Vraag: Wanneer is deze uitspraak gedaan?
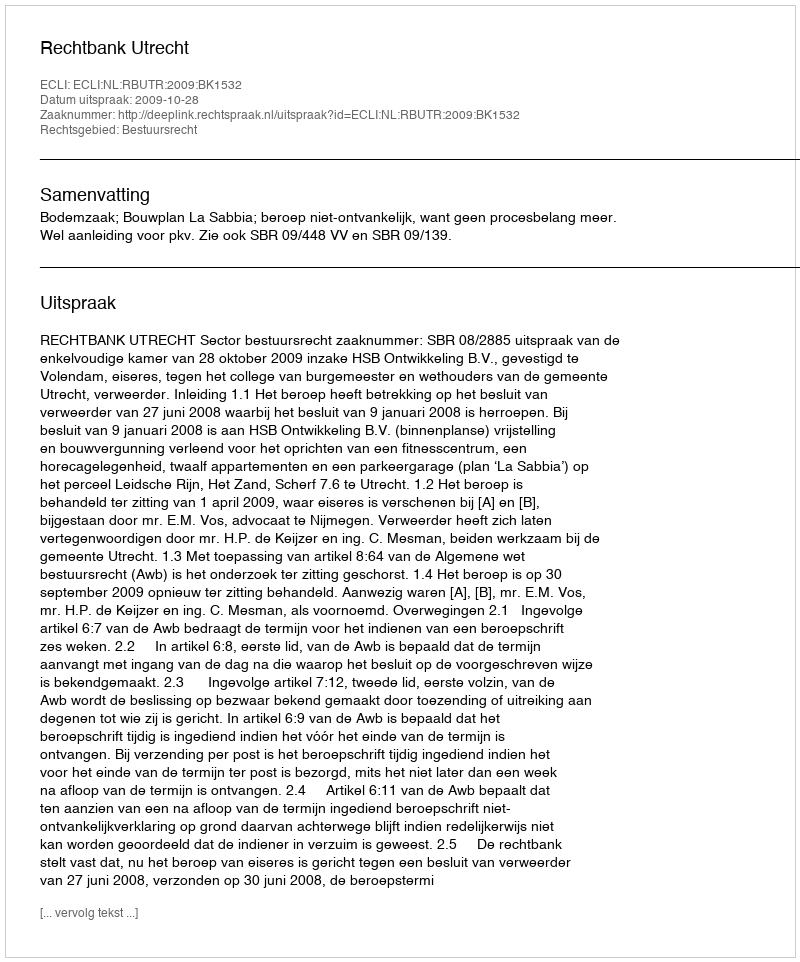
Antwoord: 2009-10-28